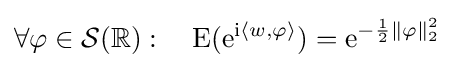
\forall \varphi \in {\mathcal {S}}(\mathbb {R} ):\quad \mathrm {E} (\mathrm {e} ^{\mathrm {i} \langle w,\varphi \rangle })=\mathrm {e} ^{-{\frac {1}{2}}\|\varphi \|_{2}^{2}}